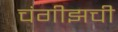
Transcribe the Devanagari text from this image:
चंगीझची